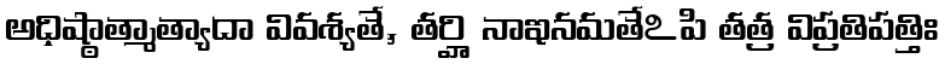
అధిష్ఠాత్మాత్యాదా వివశ్యతే, తర్హి నాఇనమతేఽపి తత్ర విప్రతిపత్తిః